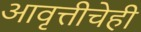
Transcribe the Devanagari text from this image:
आवृत्तीचेही